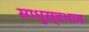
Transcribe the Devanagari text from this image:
साधुस्वभाव